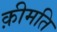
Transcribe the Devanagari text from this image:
क़ीमति